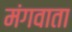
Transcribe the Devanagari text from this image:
मंगवाता